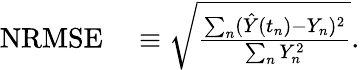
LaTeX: \begin{array}{rl}{\mathrm{NRMSE}}&{{}\equiv\sqrt{\frac{\sum_{n}(\hat{Y}(t_{n})-Y_{n})^{2}}{\sum_{n}Y_{n}^{2}}}.}\end{array}